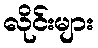
လိုင်းများ